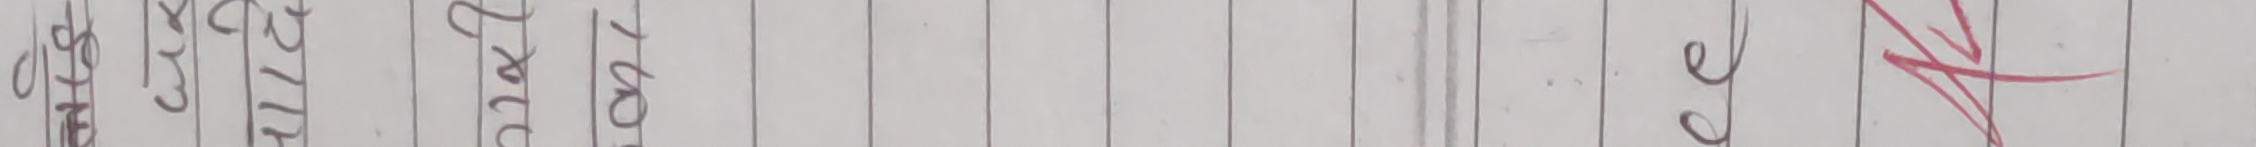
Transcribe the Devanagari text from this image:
१९०३
मिति